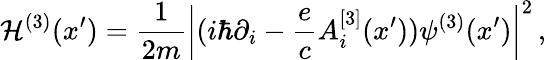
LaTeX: {\cal\mathcal{H}}^{(3)}(x{'})={\frac{{1}}{{2m}}}\left|(i\hbar\partial_{i}-{\frac{{e}}{{c}}}A_{i}^{[3]}(x{'}))\psi^{(3)}(x{'})\right|^{2}\, ,